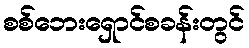
စစ်ဘေးရှောင်စခန်းတွင်